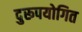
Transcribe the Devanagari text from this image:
दुरूपयोगित